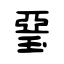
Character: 琧